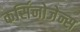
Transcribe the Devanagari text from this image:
कर्सिनोजेन्स